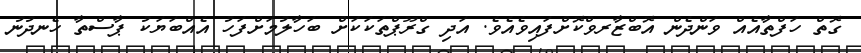
ގޮތް ހަފްތާއެއް ވަންދެން އޮބްޒާރވްކޮށްފައިވެއެވެ. އަދި ގްރޫޕްތަކަކަށް ބަހާލުމަށްފަހު އެއްބަޔަކު ޕާސްތާ ހެނދުނު